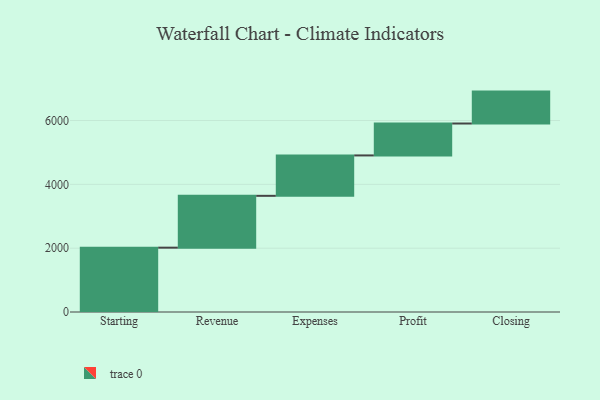
{"axis": {"x": "Step", "y": "Value"}, "legend": [""], "data": [{"x": "Starting", "y": 2016.0, "type": ""}, {"x": "Revenue", "y": 1624.0, "type": ""}, {"x": "Expenses", "y": 1266.0, "type": ""}, {"x": "Profit", "y": 1000, "type": ""}, {"x": "Closing", "y": 1000, "type": ""}]}